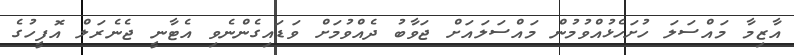
އާޒިމާ މައްސަލަ ހުށަހެޅުއްވުމުން މައްސަލައަށް ޖަވާބު ދެއްވުމަށް ވަޑައިގެންނެވި އެޓާނީ ޖެނެރަލް އޮފީހުގެ